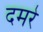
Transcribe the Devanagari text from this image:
दमरे